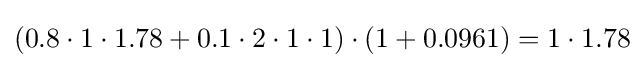
(0.8\cdot 1\cdot 1.78+0.1\cdot 2\cdot 1\cdot 1)\cdot (1+0.0961)=1\cdot 1.78